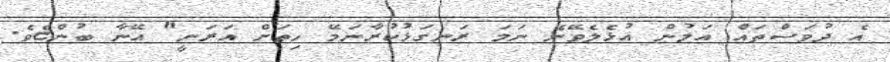
އެ ދުވަސްތައް އަލުން އުޅެލެވޭނެ ނަމަ ރަނގަޅުކުރާނަމޭ ހިތަށް އަރަނީ" އޭނާ ބުންޏެވެ.